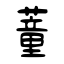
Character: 蕫